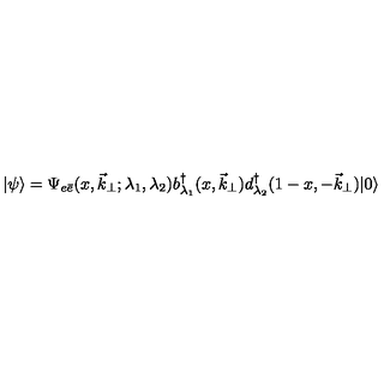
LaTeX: | \psi \rangle = \Psi _ { e \bar { e } } ( x , \vec { k } _ { \perp } ; \lambda _ { 1 } , \lambda _ { 2 } ) b _ { \lambda _ { 1 } } ^ { \dagger } ( x , \vec { k } _ { \perp } ) d _ { \lambda _ { 2 } } ^ { \dagger } ( 1 - x , - \vec { k } _ { \perp } ) | 0 \rangle